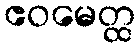
ဧဝမေတ္ထ